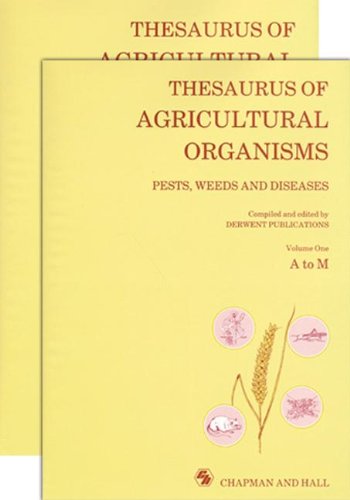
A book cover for Thesaurus of Agricultural Organisms; Derwent Publications; Medical Books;